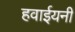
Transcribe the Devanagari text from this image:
हवाईयनी